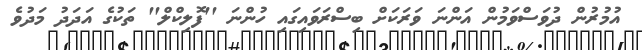
އުމުރުން ދުވަސްވަމުން އަންނަ ވަރަކަށް ބިސްރަވައިގައި ހުންނަ ''ފޮލިކްލް'' ތަކުގެ އަދަދު މަދުވެ